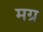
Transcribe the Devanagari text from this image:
मग्र